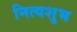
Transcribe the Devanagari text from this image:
नित्यशुभ